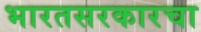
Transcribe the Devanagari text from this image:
भारतसरकारचा